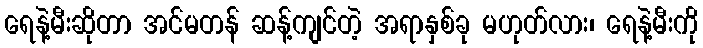
ရေနဲ့မီးဆိုတာ အင်မတန် ဆန့်ကျင်တဲ့ အရာနှစ်ခု မဟုတ်လား၊ ရေနဲ့မီးကို